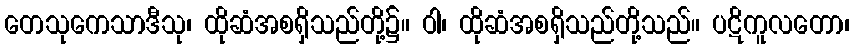
တေသုကေသာဒီသု၊ ထိုဆံအစရှိသည်တို့၌။ ဝါ၊ ထိုဆံအစရှိသည်တို့သည်။ ပဋိကူလတော၊